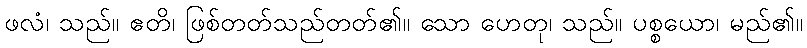
ဖလံ၊ သည်။ ဧတိ၊ ဖြစ်တတ်သည်တတ်၏။ သော ဟေတု၊ သည်။ ပစ္စယော၊ မည်၏။